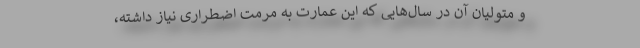
و متولیان آن در سال‌هایی که این عمارت به مرمت اضطراری نیاز داشته،